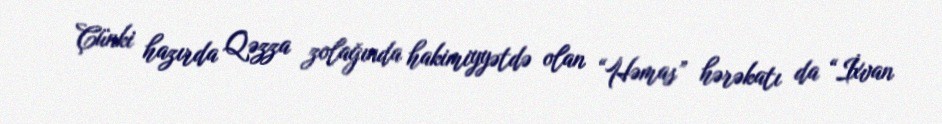
Çünki hazırda Qəzza zolağında hakimiyyətdə olan “Həmas” hərəkatı da “İxvan